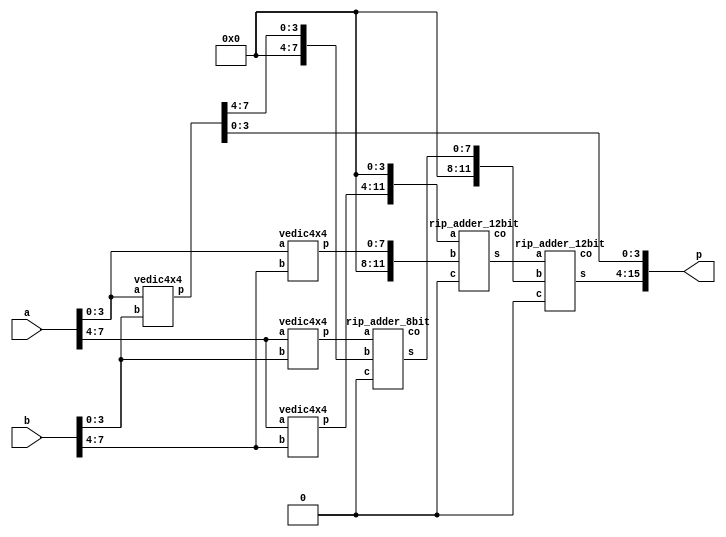
                                                             //vedic8x8
module vedic8x8(a,b,p);
input [7:0] a,b;
output [15:0] p;
wire [7:0] m,n,o,q,s0;
wire [11:0] s1,s2;
wire carry1,carry2,carry3;
vedic4x4 A(a[3:0],b[3:0],m);
vedic4x4 B(a[7:4],b[3:0],n);
vedic4x4 C(a[3:0],b[7:4],o);
vedic4x4 D(a[7:4],b[7:4],q);
assign p[3:0]=m[3:0];
rip_adder_8bit M(n,{4'b0,m[7:4]},1'b0,s0,carry1);
rip_adder_12bit N({q,4'b0},{4'b0,o},1'b0,s1,carry2);
rip_adder_12bit L(s1,{4'b0,s0},1'b0,p[15:4],carry3);
endmodule
                                                         //12bit riplle adder
module rip_adder_12bit(a,b,c,s,co);
input [11:0] a,b;
input c;
output [11:0] s;
output co;
wire [10:0] w;
full_adder A(a[0],b[0],c,s[0],w[0]);
full_adder B(a[1],b[1],w[0],s[1],w[1]);
full_adder C(a[2],b[2],w[1],s[2],w[2]);
full_adder D(a[3],b[3],w[2],s[3],w[3]);
full_adder E(a[4],b[4],w[3],s[4],w[4]);
full_adder F(a[5],b[5],w[4],s[5],w[5]);
full_adder G(a[6],b[6],w[5],s[6],w[6]);
full_adder H(a[7],b[7],w[6],s[7],w[7]);
full_adder I(a[8],b[8],w[7],s[8],w[8]);
full_adder J(a[9],b[9],w[8],s[9],w[9]);
full_adder K(a[10],b[10],w[9],s[10],w[10]);
full_adder L(a[11],b[11],w[10],s[11],co);
endmodule  

                                                         //8bit riplle adder
module rip_adder_8bit(a,b,c,s,co);
input [7:0] a,b;
input c;
output [7:0] s;
output co;
wire [6:0] w;
full_adder A(a[0],b[0],c,s[0],w[0]);
full_adder B(a[1],b[1],w[0],s[1],w[1]);
full_adder C(a[2],b[2],w[1],s[2],w[2]);
full_adder D(a[3],b[3],w[2],s[3],w[3]);
full_adder E(a[4],b[4],w[3],s[4],w[4]);
full_adder F(a[5],b[5],w[4],s[5],w[5]);
full_adder G(a[6],b[6],w[5],s[6],w[6]);
full_adder H(a[7],b[7],w[6],s[7],co);
endmodule 

                                                            //vedic4x4
module vedic4x4(a,b,p);
input [3:0] a,b;
output [7:0] p;
wire [3:0] m,n,o,q,s0;
wire [5:0] s1,s2;
wire carry1,carry2,carry3;
vedic2x2 A(a[1:0],b[1:0],m);
vedic2x2 B(a[3:2],b[1:0],n);
vedic2x2 C(a[1:0],b[3:2],o);
vedic2x2 D(a[3:2],b[3:2],q);
assign p[1:0]=m[1:0];
rip_adder_4bit M(n,{2'b0,m[3:2]},1'b0,s0,carry1);
rip_adder_6bit N({q,2'b0},{2'b0,o},1'b0,s1,carry2);
rip_adder_6bit L(s1,{2'b0,s0},1'b0,p[7:2],carry3);
endmodule


                                                         //6-bit riplle adder
module rip_adder_6bit(a,b,c,s,co);
input [5:0] a,b;
input c;
output [5:0] s;
output co;
wire [4:0] w;
full_adder A(a[0],b[0],c,s[0],w[0]);
full_adder B(a[1],b[1],w[0],s[1],w[1]);
full_adder C(a[2],b[2],w[1],s[2],w[2]);
full_adder D(a[3],b[3],w[2],s[3],w[3]);
full_adder E(a[4],b[4],w[3],s[4],w[4]);
full_adder F(a[5],b[5],w[4],s[5],co);
endmodule 

                                                           //4-bit riplle adder

module rip_adder_4bit(a,b,c,s,co);
input [3:0] a,b;
input c;
output [3:0] s;
output co;
wire [2:0] w;
full_adder A(a[0],b[0],c,s[0],w[0]);
full_adder B(a[1],b[1],w[0],s[1],w[1]);
full_adder C(a[2],b[2],w[1],s[2],w[2]);
full_adder D(a[3],b[3],w[2],s[3],co);
endmodule 

                                                                //Vedic2x2
module vedic2x2(a,b,p);
input [1:0] a,b;
output [3:0] p;
wire [3:0] w;
assign p[0]=a[0]&b[0]; 
assign w[0]=a[1]&b[0];
assign w[1]=a[0]&b[1];
assign w[2]=a[1]&b[1];
half_adder A(w[0],w[1],p[1],w[3]);
half_adder B(w[2],w[3],p[2],p[3]);
endmodule

                                                                //full adder module
module full_adder(a,b,c,s,co);
input a,b,c;
output s,co;
wire [2:0] w;
half_adder A(a,b,w[0],w[1]);
half_adder B(w[0],c,s,w[2]);
or D(co,w[2],w[1]);
endmodule

                                                                //Half adder module
module half_adder(a,b,s,c);
input a,b;
output s,c;
xor A(s,a,b);
and B(c,a,b);
endmodule